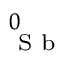
^ { 0 } _ { \textrm { S b } }